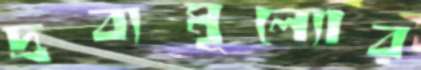
দ্রব্যমূল্যোর